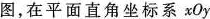
图，在平面直角坐标系xOy